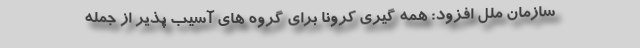
سازمان ملل افزود: همه گیری کرونا برای گروه های آسیب پذیر از جمله